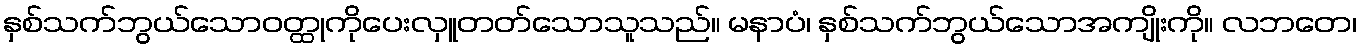
နှစ်သက်ဘွယ်သောဝတ္ထုကိုပေးလှူတတ်သောသူသည်။ မနာပံ၊ နှစ်သက်ဘွယ်သောအကျိုးကို။ လဘတေ၊